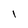
Character: l